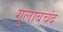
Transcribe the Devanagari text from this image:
गुलाबचंद